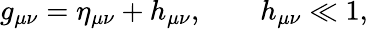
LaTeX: g_{\mu\nu}=\eta_{\mu\nu}+h_{\mu\nu},\qquad h_{\mu\nu}\ll 1,